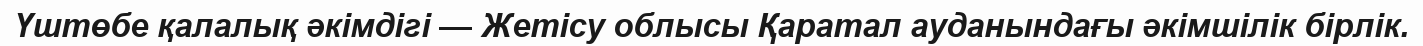
Үштөбе қалалық әкімдігі — Жетісу облысы Қаратал ауданындағы әкімшілік бірлік.